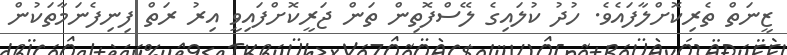
ޒީނަތް ތެރިކޮށްލާފައެވެ. ހުދު ކުލައިގެ ލޭސްފޮތިން ތަން ޖަރީކޮށްފައިވީ އިރު ރަތް ފިނިފެނަމާތަކުން